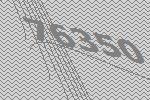
76350